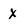
Character: X